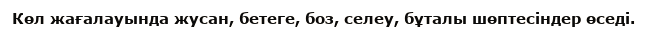
Көл жағалауында жусан, бетеге, боз, селеу, бұталы шөптесіндер өседі.